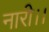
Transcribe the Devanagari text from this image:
नारी।।